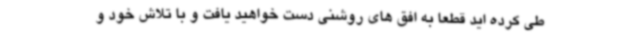
طی کرده اید قطعاً به افق های روشنی دست خواهید یافت و با تلاش خود و